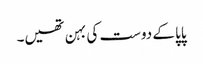
پاپا کے دوست کی بہن تھیں۔